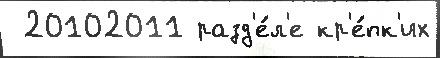
 20102011 разд'е́л'е кр'е́пк'их